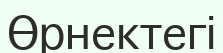
Өрнектегі